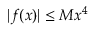
| f ( x ) | \leq M x ^ { 4 }